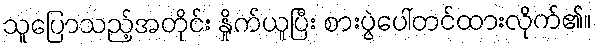
သူပြောသည့်အတိုင်း နှိုက်ယူပြီး စားပွဲပေါ်တင်ထားလိုက်၏။